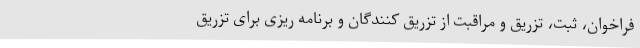
فراخوان، ثبت، تزریق و مراقبت از تزریق کنندگان و برنامه ریزی برای تزریق